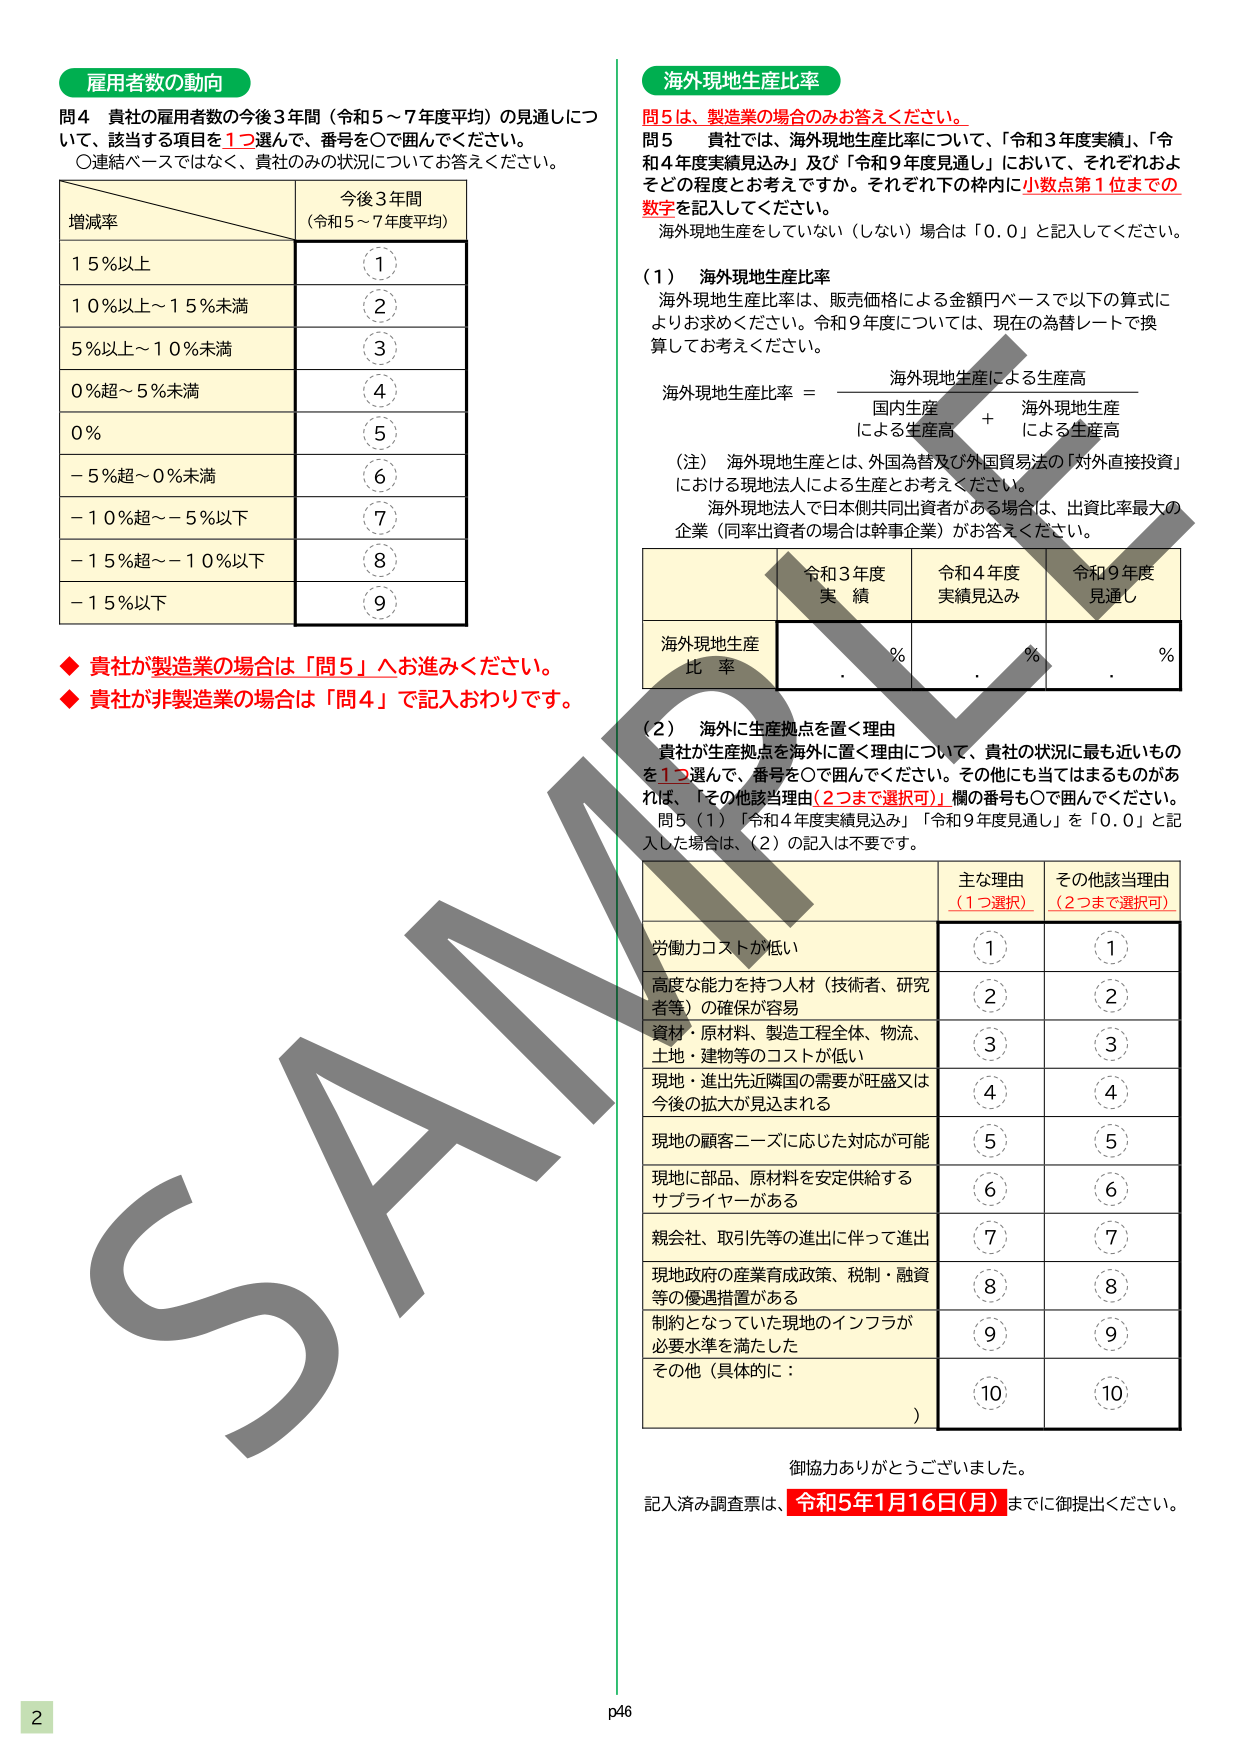
雇用者数の動向
問4 貴社の雇用者数の今後3年間（令和5～7年度平均）の見通しについて、該当する項目を1つ選んで、番号を○で囲んでください。
○連結ベースではなく、貴社のみの状況についてお答えください。

増減率　　　　　　　　　　　今後3年間
　　　　　　　　　　　　　　（令和5～7年度平均）
15％以上　　　　　　　　　　　①
10％以上～15％未満　　　　　　②
5％以上～10％未満　　　　　　③
0％超～5％未満　　　　　　　　④
0％　　　　　　　　　　　　　⑤
－5％超～0％未満　　　　　　　⑥
－10％超～－5％以下　　　　　⑦
－15％超～－10％以下　　　　　⑧
－15％以下　　　　　　　　　　⑨

◆ 貴社が製造業の場合は「問5」へお進みください。
◆ 貴社が非製造業の場合は「問4」で記入おわりです。

海外現地生産比率
問5は、製造業の場合のみお答えください。
問5 貴社では、海外現地生産比率について、「令和3年度実績」、「令和4年度実績見込み」及び「令和9年度見通し」において、それぞれおよそどの程度とお考えですか。それぞれ下の枠内に小数点第1位までの数字を記入してください。
　海外現地生産をしていない（しない）場合は「0.0」と記入してください。

（1） 海外現地生産比率
　海外現地生産比率は、販売価格による金額円ベースで以下の算式によりお求めください。令和9年度については、現在の為替レートで換算してお考えください。

　海外現地生産比率 ＝　海外現地生産による生産高
　　　　　　　　　　　　国内生産による生産高　＋　海外現地生産による生産高

（注） 海外現地生産とは、外国為替及び外国貿易法の「対外直接投資」における現地法人による生産とお考えください。
　　海外現地法人で日本側共同出資者がある場合は、出資比率最大の企業（同率出資者の場合は幹事企業）がお答えください。

　　　　　　　　　　　　　令和3年度　　　令和4年度　　　令和9年度
　　　　　　　　　　　　　実績　　　　　実績見込み　　　見通し
海外現地生産比率　　　　　　％　　　　　　％　　　　　　％

（2） 海外に生産拠点を置く理由
　貴社が生産拠点を海外に置く理由について、貴社の状況に最も近いものを1つ選んで、番号を○で囲んでください。その他にも当てはまるものがあれば、「その他該当理由（2つまで選択可）」欄の番号も○で囲んでください。
　問5（1）「令和4年度実績見込み」「令和9年度見通し」を「0.0」と記入した場合は、（2）の記入は不要です。

　　　　　　　　　　　　　　　主な理由　　　その他該当理由
　　　　　　　　　　　　　　　（1つ選択）　　（2つまで選択可）
労働力コストが低い　　　　　　①　　　　　　①
高度な能力を持つ人材（技術者、研究者等）の確保が容易　　　②　　　　　　②
資材・原材料、製造工程全体、物流、土地・建物等のコストが低い　　　③　　　　　　③
現地・進出先近隣国の需要が旺盛又は今後の拡大が見込まれる　　　④　　　　　　④
現地の顧客ニーズに応じた対応が可能　　　⑤　　　　　　⑤
現地に部品、原材料を安定供給するサプライヤーがある　　　⑥　　　　　　⑥
親会社、取引先等の進出に伴って進出　　　⑦　　　　　　⑦
現地政府の産業育成政策、税制・融資等の優遇措置がある　　　⑧　　　　　　⑧
制約となっていた現地のインフラが必要水準を満たした　　　⑨　　　　　　⑨
その他（具体的に：　　　　　　　　　　　⑩　　　　　　⑩
　　　　　　　　　　　　　　　　　　　　　　　　　　　　）

御協力ありがとうございました。
記入済み調査票は、令和5年1月16日（月）までに御提出ください。

2
p46